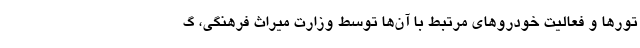
تورها و فعالیت خودروهای مرتبط با آن‌ها توسط وزارت میراث فرهنگی، گ